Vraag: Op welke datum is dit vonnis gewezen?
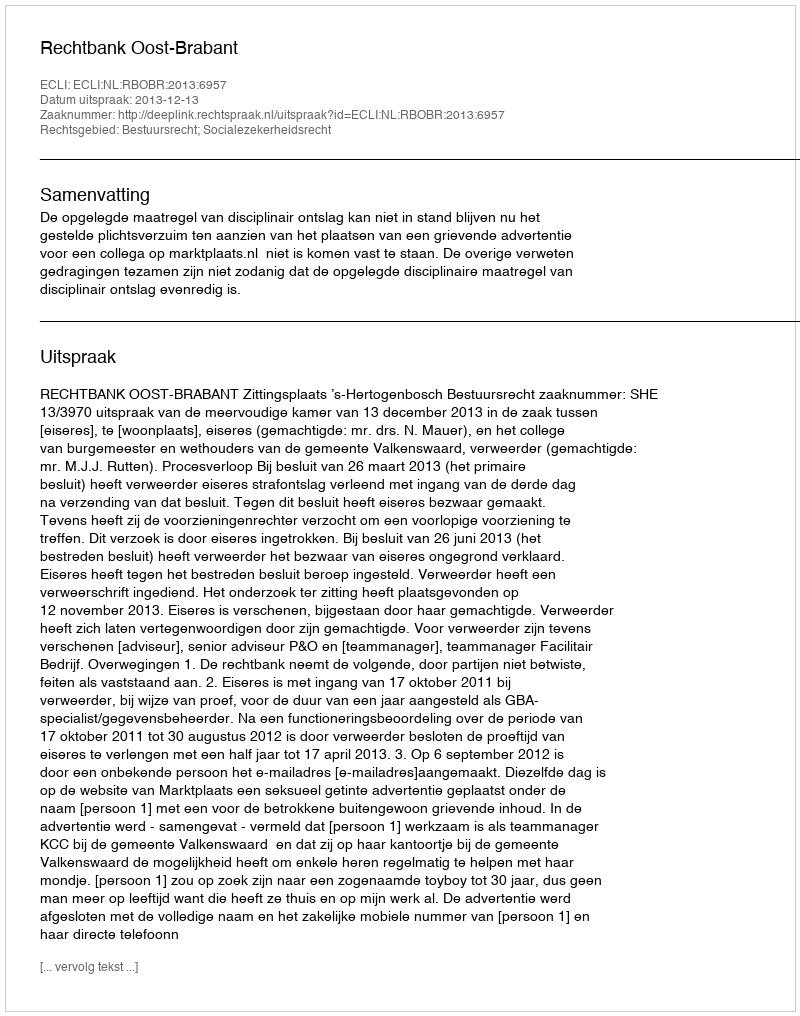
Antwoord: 2013-12-13